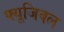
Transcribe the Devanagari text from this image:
फ्यूजिबल